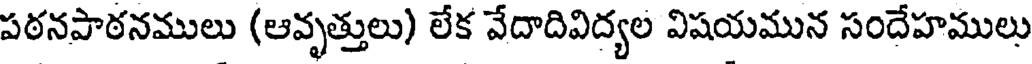
పఠనపాఠనములు (ఆవృత్తులు) లేక వేదాదివిద్యల విషయమున సందేహములు